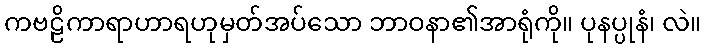
ကဗဠိကာရာဟာရဟုမှတ်အပ်သော ဘာဝနာ၏အာရုံကို။ ပုနပ္ပုနံ၊ လဲ။